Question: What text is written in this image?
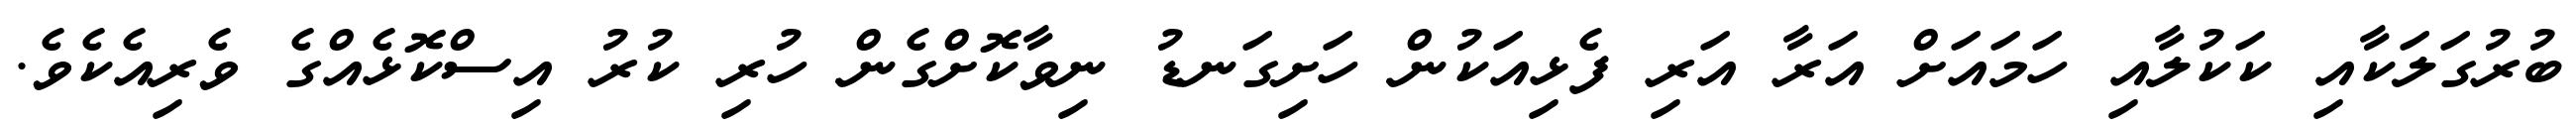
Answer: ބުރުގަލަކާއި ކަކުލާއި ހަމައަށް އަރާ އަރި ފެޅިއަކުން ހަށިގަނޑު ނިވާކޮށްގެން ހުރި ކުރު އިސްކޮޅެއްގެ ވެރިއެކެވެ.